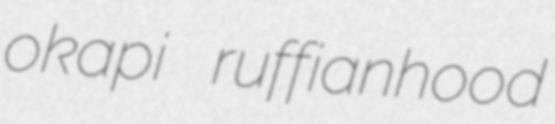
okapi ruffianhood